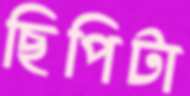
ছিপিটা